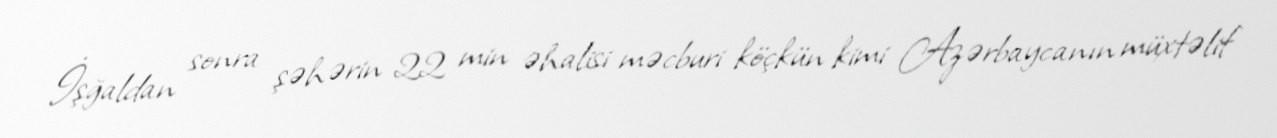
İşğaldan sonra şəhərin 22 min əhalisi məcburi köçkün kimi Azərbaycanın müxtəlif